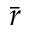
\bar { r }